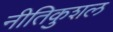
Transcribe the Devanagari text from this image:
नीतिकुशल